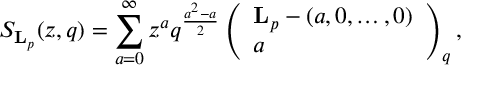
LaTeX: S _ { \mathbf { L } _ { p } } ( z , q ) = \sum _ { a = 0 } ^ { \infty } z ^ { a } q ^ { \frac { a ^ { 2 } - a } { 2 } } \left( \begin{array} { l } { { { \mathbf { L } _ { p } - ( a , 0 , \dots , 0 ) } } } \\ { { a } } \end{array} \right) _ { q } ,